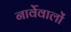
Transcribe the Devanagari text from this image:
नार्वेवालों